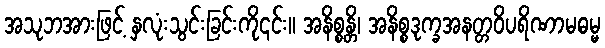
အသုဘအားဖြင့် နှလုံးသွင်းခြင်းကို၎င်း။ အနိစ္စန္တိ၊ အနိစ္စဒုက္ခအနတ္တဝိပရိဏာမဓမ္မ